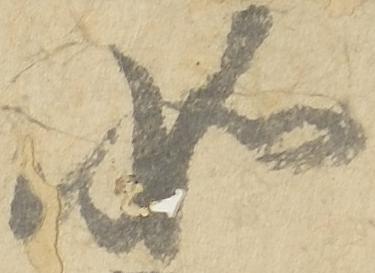
如